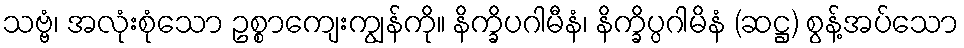
သဗ္ဗံ၊ အလုံးစုံသော ဥစ္စာကျေးကျွန်ကို။ နိက္ခိပဂါမီနံ၊ နိက္ခိပ္ပဂါမိနံ (ဆဋ္ဌ) စွန့်အပ်သော